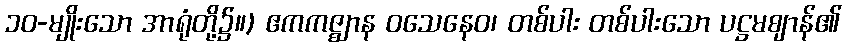
၁၀-မျိုးသော အာရုံတို့၌။) ဧကကဇ္ဈာန ဝသေနေဝ၊ တစ်ပါး တစ်ပါးသော ပဋ္ဌမဈာန်၏